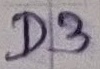
Text: D3